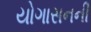
યોગાસનની